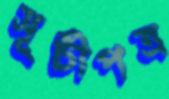
সূচীপত্র